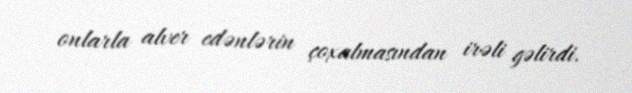
onlarla alver edənlərin çoxalmasından irəli gəlirdi.